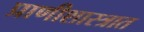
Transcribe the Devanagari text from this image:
प्राणीशास्त्रात